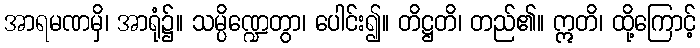
အာရမဏမှိ၊ အာရုံ၌။ သမ္ပိဏ္ဍေတွာ၊ ပေါင်း၍။ တိဋ္ဌတိ၊ တည်၏။ ဣတိ၊ ထို့ကြောင့်